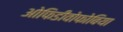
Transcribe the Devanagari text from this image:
ओफिडीवोफोबिया